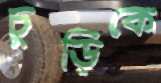
চুড়িকে